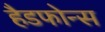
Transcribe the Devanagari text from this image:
हैडफोन्स